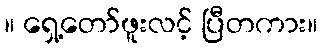
။ ရှေ့တော်ဖူးလင့် ပြီတကား။